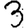
Digit: 3